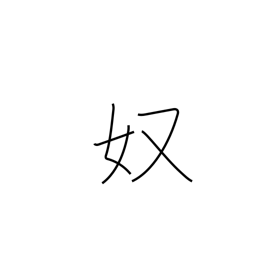
Meaning: guy